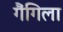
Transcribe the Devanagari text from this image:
गैंगिला